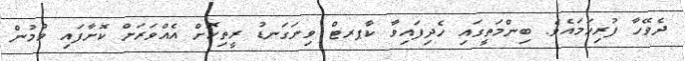
ދެވޭހާ ފުރިހަމައެވެ. ބިންމަތީގައި ހެދިފައިވާ ކާޕރޓް ވިނަގަނޑު ރީތިކޮށް އެއްވަރަށް ކޮށާފައި ވުމުން